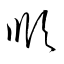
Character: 順